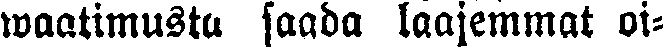
waatimusta saada laajemmat oi-